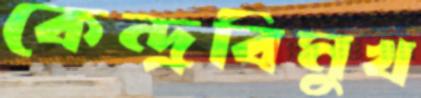
কেন্দ্রবিমুখ